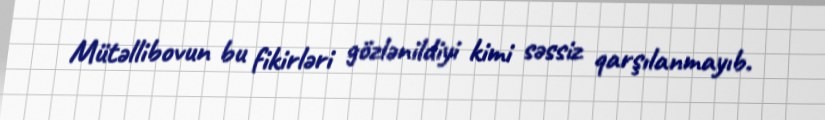
Mütəllibovun bu fikirləri gözlənildiyi kimi səssiz qarşılanmayıb.